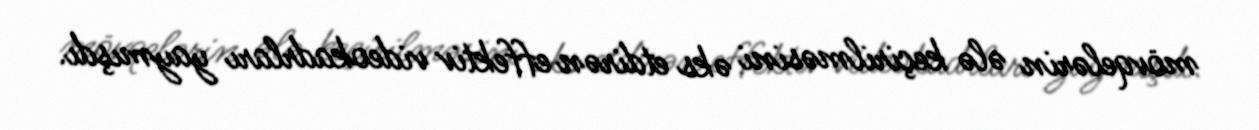
mövqelərin ələ keçirilməsini əks etdirən effektiv videokadrları yaymışdı.